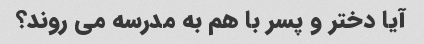
آیا دختر و پسر با هم به مدرسه می روند؟